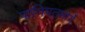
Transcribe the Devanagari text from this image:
पानिपतमार्गे